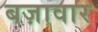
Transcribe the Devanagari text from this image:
बज़ावार